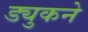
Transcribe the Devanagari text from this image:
ड्युकने